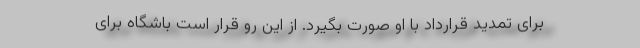
برای تمدید قرارداد با او صورت بگیرد. از این رو قرار است باشگاه برای